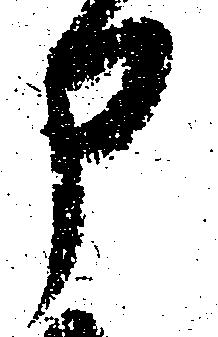
申